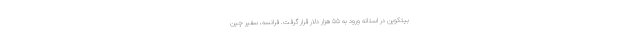
بیتکوین در استانه ورود به ۵۵ هزار دلار قرار گرفت. فرانسه، سفیر چین